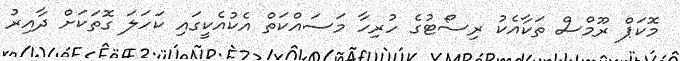
މޮކަޕް ރޫމްސް ތަކާއެކު ރިސޯޓުގެ ހުރިހާ މަސައްކަތް އެކުއެކީގައި ކަހަލަ ގޮތަކަށް ދާއިރު